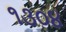
૧૩૦૪